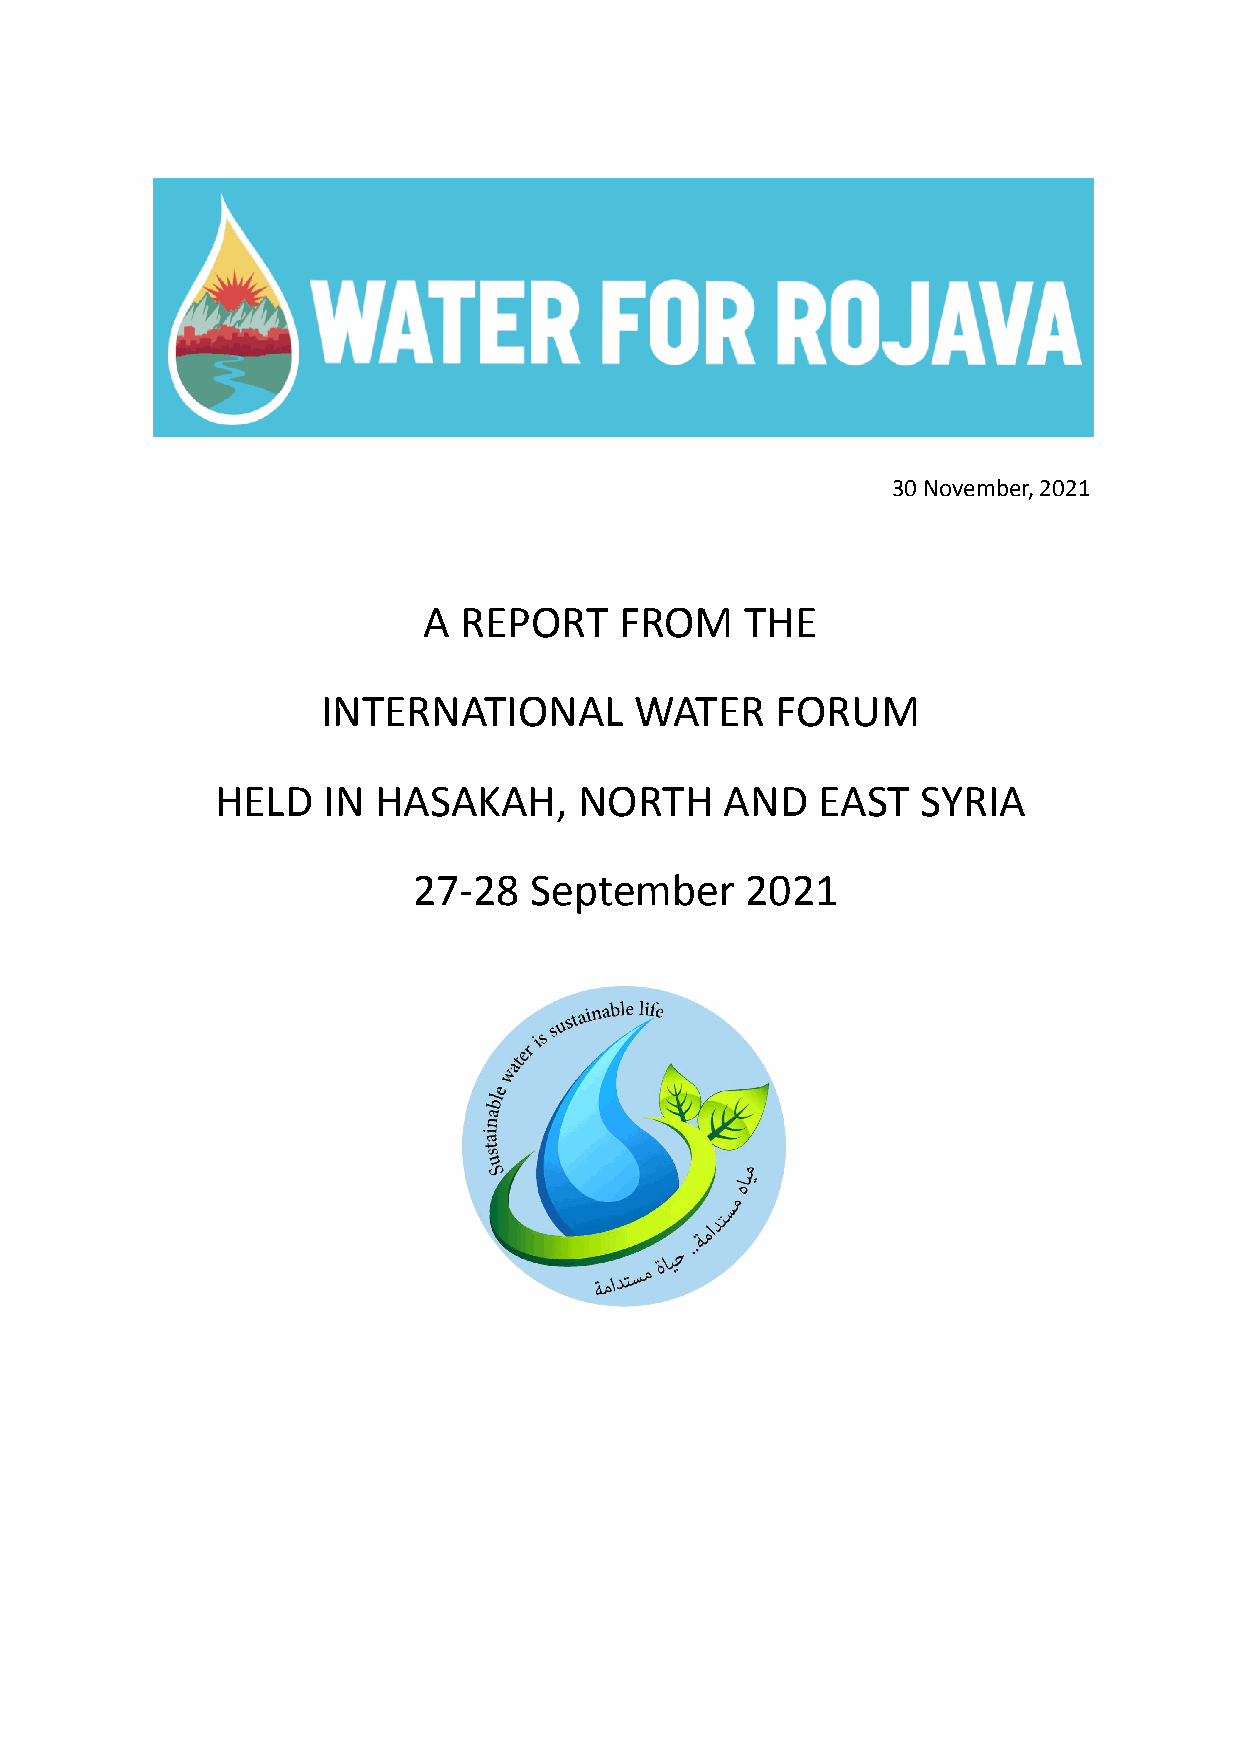
30 November, 2021
 A REPORT     FROM    THE
 INTERNATIONAL        WATER    FORUM
 HELD   IN  HASAKAH,     NORTH     AND   EAST   SYRIA
 27-28   September     2021